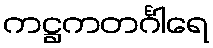
ကဋ္ဌကတင်္ဂါရေ